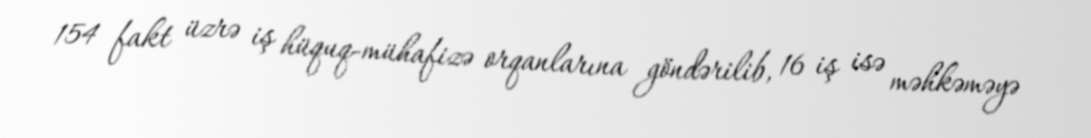
154 fakt üzrə iş hüquq-mühafizə orqanlarına göndərilib, 16 iş isə məhkəməyə